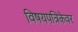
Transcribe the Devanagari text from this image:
विषयपत्रिकेवर